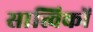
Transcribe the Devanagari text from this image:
सात्विकों